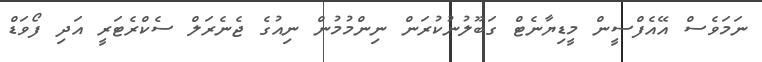
ނަމަވެސް އޭއެފްސީން މީޑިޔާނެޓް ގަބޫލުނުކުރަން ނިންމުމުން ނިއުގެ ޖެނެރަލް ސެކްރެޓަރީ އަދި ފޯވަޑް